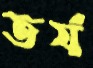
তর্য